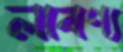
লাবণ্য